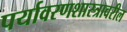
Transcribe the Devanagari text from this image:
पर्यावरणशास्त्रावरील